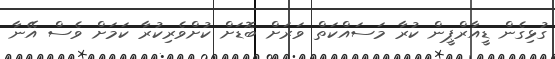
ގުޅިގެން ޑީއާރްޕީން ކުރާ މަސައްކަތް ވަރަށް ބޮޑަށް ކުށްވެރިކުރާ ކަމަށް ވެސް އޭނާ